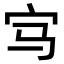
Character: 𡧁